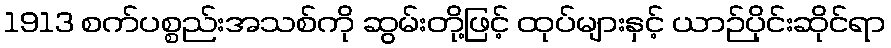
1913 စက်ပစ္စည်းအသစ်ကို ဆွမ်းတို့ဖြင့် ထုပ်များနှင့် ယာဉ်ပိုင်းဆိုင်ရာ